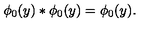
\phi _ { 0 } ( y ) * \phi _ { 0 } ( y ) = \phi _ { 0 } ( y ) .